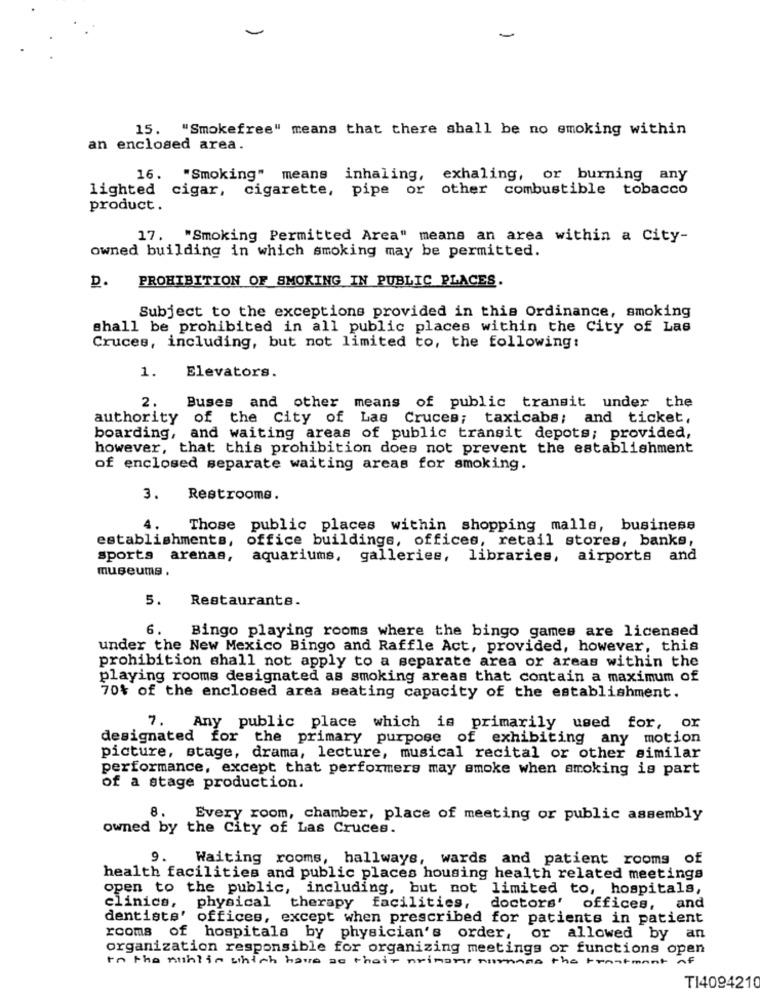
-
15. "Smokefree" means that there shall be no smoking within
an enclosed area.
16. "Smoking" means inhaling, exhaling, or burning any
lighted cigar, cigarette, pipe or other combustible tobacco
product.
17. "Smoking Permitted Area" means an area within a City-
owned building in which smoking may be permitted.
D. PROHIBITION OF SMOKING IN PUBLIC PLACES.
Subject to the exceptions provided in this Ordinance, smoking
shall be prohibited in all public places within the City of Las
Cruces, including, but not limited to, the following:
1.
Elevators.
2.
Buses and other means of public transit under the
authority
of the City of Las Cruces; taxicabs; and ticket,
boarding, and waiting areas of public transit depots; provided,
however, that this prohibition does not prevent the establishment
of enclosed separate waiting areas for smoking.
3.
Restrooms.
4.
Those public places within shopping malls, business
establishments,
office buildings, offices, retail stores, banks,
sports arenaa,
aquariums, galleries, libraries, airports and
museums
5.
Restaurante.
6.
Bingo playing rooms where the bingo games are licensed
under the New Mexico Bingo and Raffle Act, provided, however, this
prohibition shall not apply to a separate area or areas within the
playing rooms designated as smoking areas that contain a maximum of
70% of the enclosed area seating capacity of the establishment.
7.
Any public place which is primarily used for, or
designated for the primary purpose of exhibiting any motion
picture, stage, drama, lecture, musical recital or other similar
performance, except that performers may smoke when smoking is part
of a stage production.
8.
Every room, chamber, place of meeting or public assembly
owned by the City of Las Cruces.
9.
Waiting rooms, hallways, wards and patient rooms of
health facilities and public places housing health related meetings
open to the public, including, but not limited to, hospitals,
clinics, physical therapy facilities,
doctors'
offices, and
dentists' offices, except when prescribed for patients in patient
rooms of hospitals by physician's order,
or allowed by an
organization responsible for organizing meetings or functions open
in the nhlin which have an their primoris nomens the trantment of
T14094210